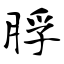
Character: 脬